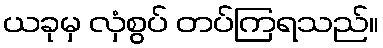
ယခုမှ လှံစွပ် တပ်ကြရသည်။